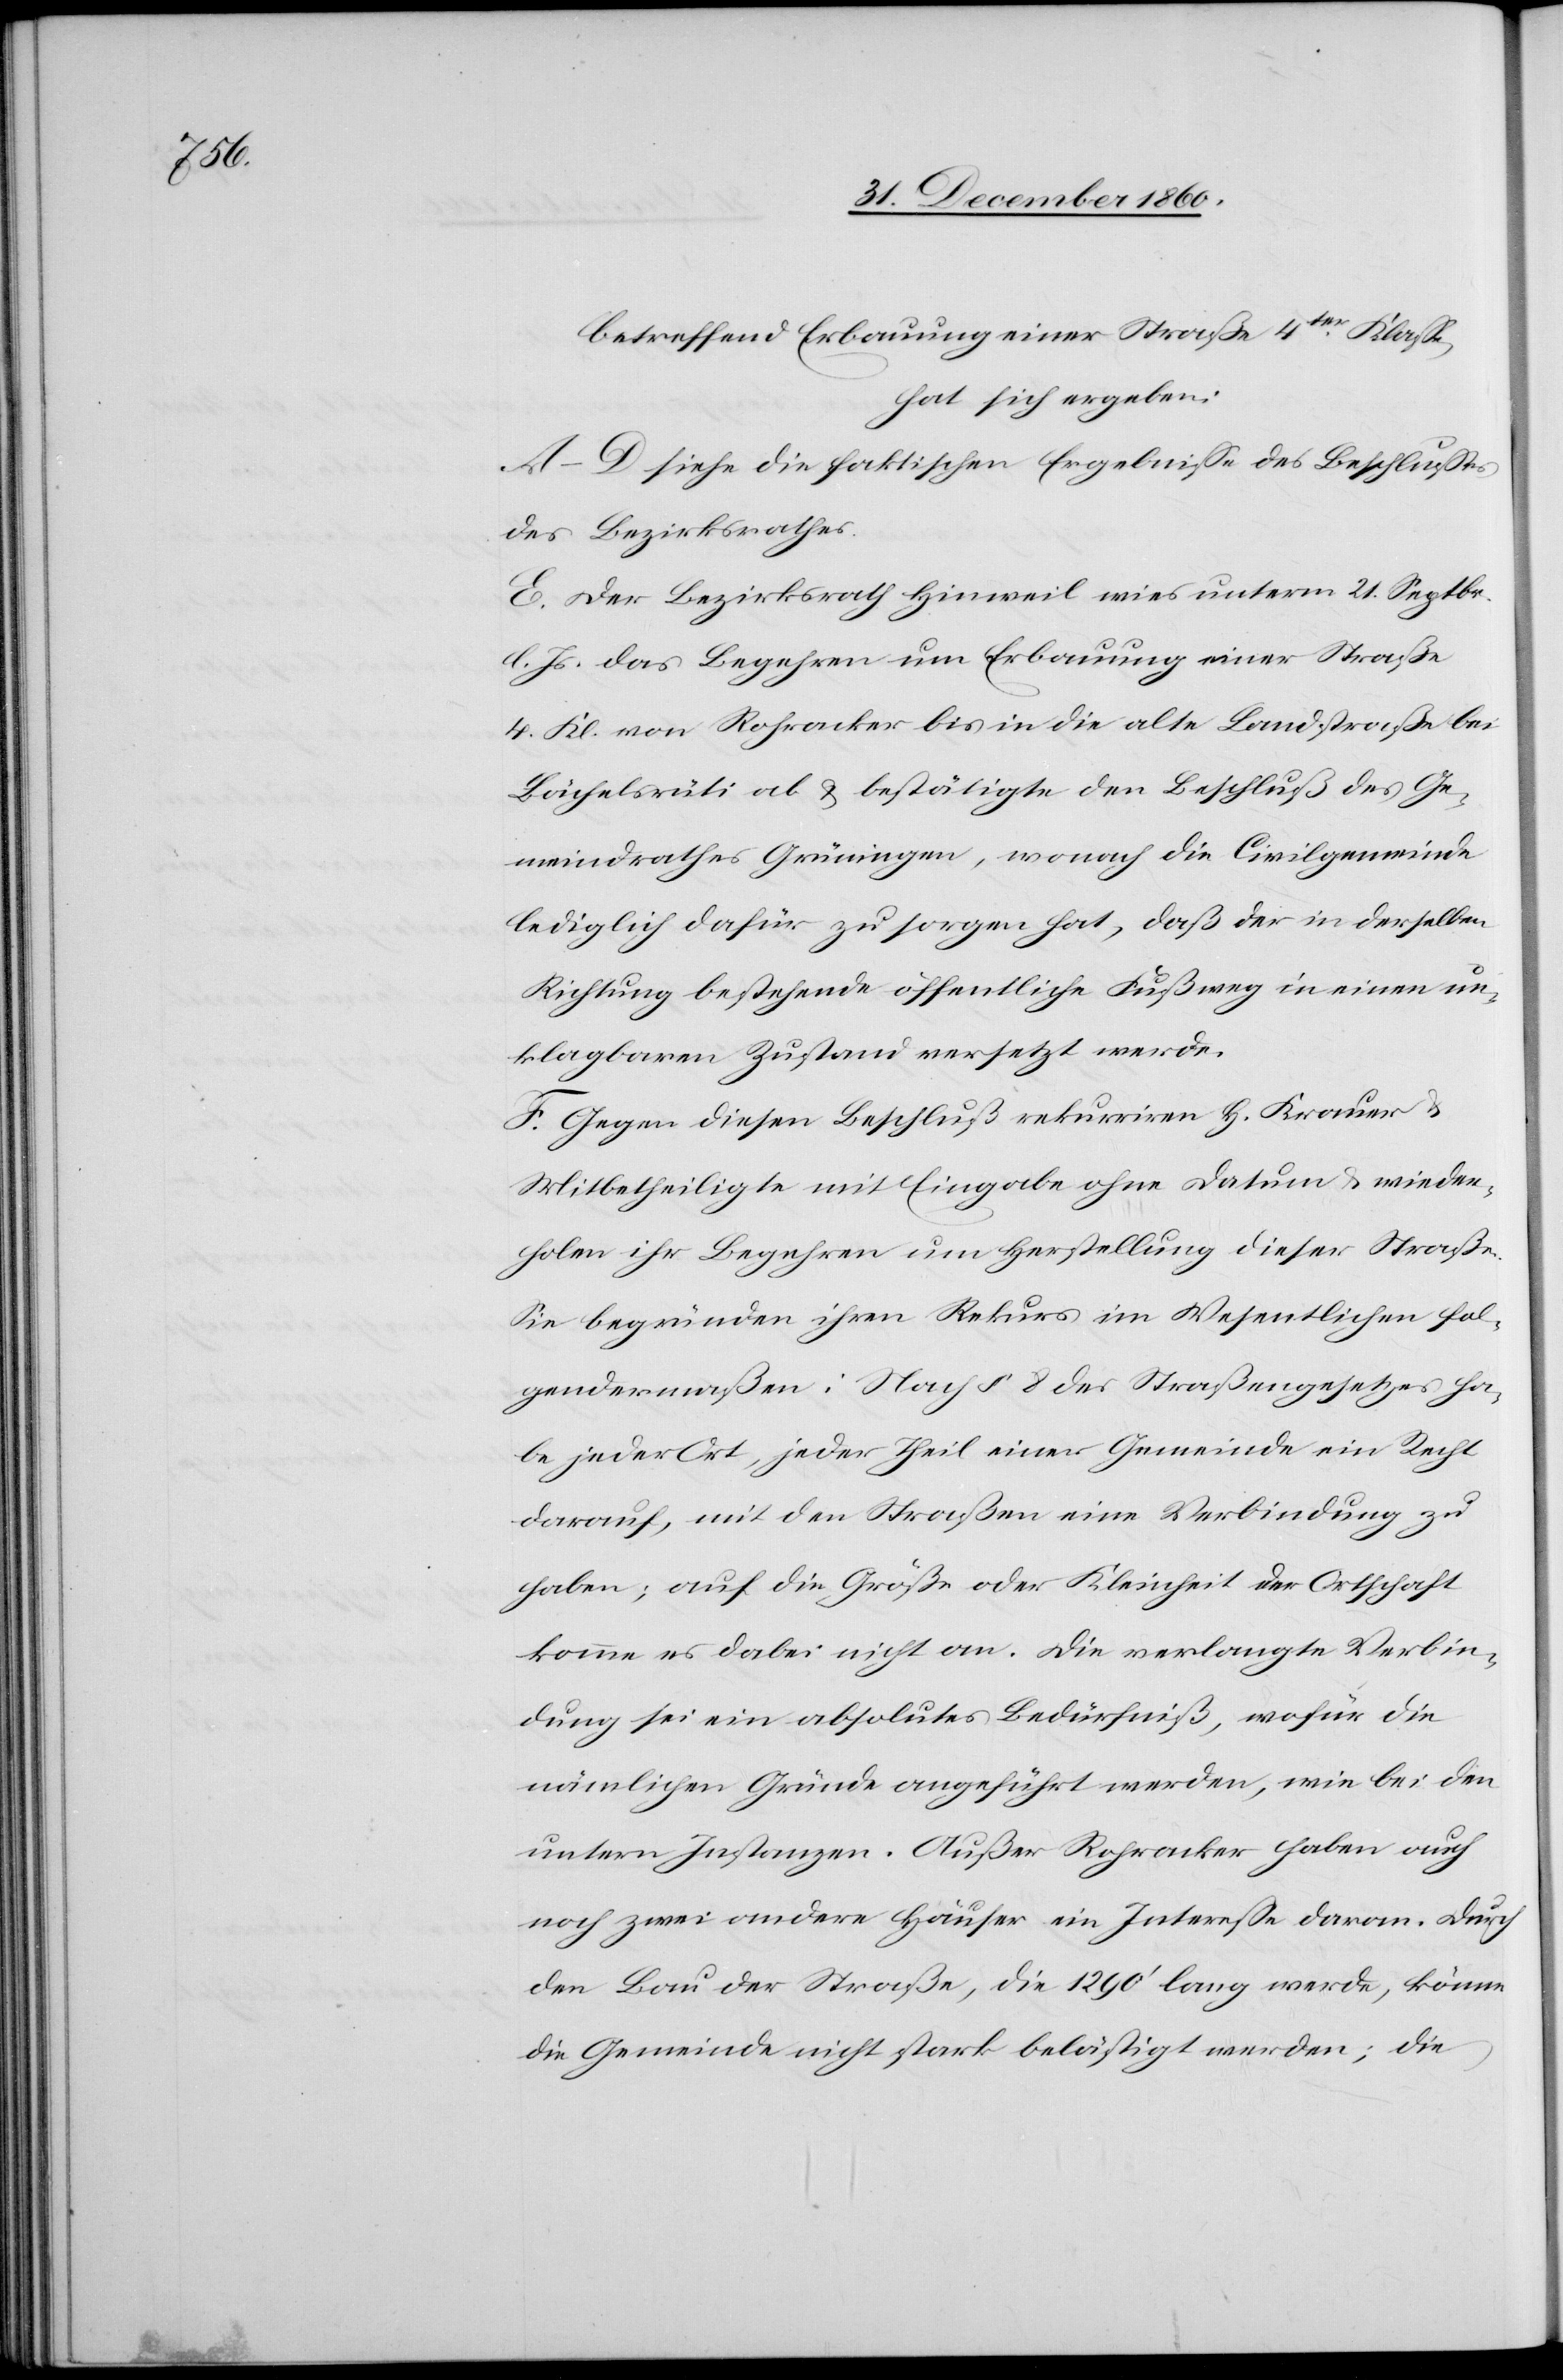
betreffend Erbauung einer Straße 4ter Klasse,
hat sich ergeben:
A–D. siehe die faktischen Ergebnisse des Beschlusses
des Bezirksrathes.
E. Der Bezirksrath Hinweil wies unterm 21. Septbr.
l. Js. das Begehren um Erbauung einer Straße
4. Kl, von Rohracker bis in die alte Landstraße bei
Bächelsrüti ab u. bestätigte den Beschluß des Ge¬
meindrathes Grüningen, wonach die Civilgemeinde
lediglich dafür zu sorgen hat, daß der in derselben
Richtung bestehende öffentliche Fußweg in einen un¬
klagbaren Zustand versetzt werde.
F. Gegen diesen Beschluß rekurriren H. Krauer u.
Mitbetheiligte mit Eingabe ohne Datum u. wieder¬
holen ihr Begehren um Herstellung dieser Straße.
Sie begründen ihren Rekurs im Wesentlichen fol¬
gendermaßen: Nach § 8 des Straßengesetzes ha¬
be jeder Ort, jeder theil einer Gemeinde ein Recht
darauf, mit den Straßen eine Verbindung zu
haben; auf die Größe oder Kleinheit der Ortschaft
komme es dabei nicht an. Die verlangte Verbin¬
dung sei ein absolutes Bedürfniß, wofür die
nämlichen Gründe angeführt werden, wie bei den
untern Instanzen. Außer Rohracker haben auch
noch zwei andere Häuser ein Interesse daran. Durch
den Bau der Straße, die 1290’ lang werde, könne
die Gemeinde nicht stark belästigt werden; die